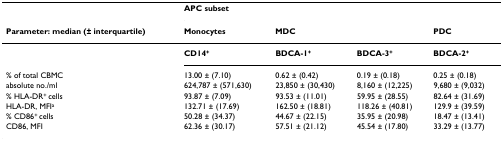
<table><thead><tr><td></td><td colspan="4"><b>APC subset</b></td></tr><tr><td><b>Parameter: median (± interquartile)</b></td><td><b>Monocytes</b></td><td><b>MDC</b></td><td></td><td><b>PDC</b></td></tr></thead><tbody><tr><td></td><td><b>CD14<sup>+</sup></b></td><td><b>BDCA-1<sup>+</sup></b></td><td><b>BDCA-3<sup>+</sup></b></td><td><b>BDCA-2<sup>+</sup></b></td></tr><tr><td>% of total CBMC</td><td>13.00 ± (7.10)</td><td>0.62 ± (0.42)</td><td>0.19 ± (0.18)</td><td>0.25 ± (0.18)</td></tr><tr><td>absolute no./ml</td><td>624,787 ± (571,630)</td><td>23,850 ± (30,430)</td><td>8,160 ± (12,225)</td><td>9,680 ± (9,032)</td></tr><tr><td>% HLA-DR<sup>+ </sup>cells</td><td>93.87 ± (7.09)</td><td>93.53 ± (11.01)</td><td>59.95 ± (28.55)</td><td>82.64 ± (31.69)</td></tr><tr><td>HLA-DR, MFI<sup>a</sup></td><td>132.71 ± (17.69)</td><td>162.50 ± (18.81)</td><td>118.26 ± (40.81)</td><td>129.9 ± (39.59)</td></tr><tr><td>% CD86<sup>+ </sup>cells</td><td>50.28 ± (34.37)</td><td>44.67 ± (22.15)</td><td>35.95 ± (20.98)</td><td>18.47 ± (13.41)</td></tr><tr><td>CD86, MFI</td><td>62.36 ± (30.17)</td><td>57.51 ± (21.12)</td><td>45.54 ± (17.80)</td><td>33.29 ± (13.77)</td></tr></tbody></table>